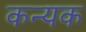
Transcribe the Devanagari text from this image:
कन्यक